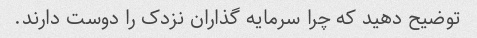
توضیح دهید که چرا سرمایه گذاران نزدک را دوست دارند.